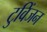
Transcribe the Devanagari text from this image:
टुविंजन